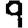
Digit: 9